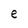
Character: e